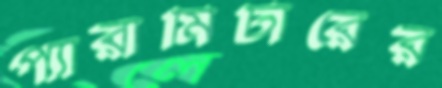
প্যারামিটারের